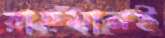
রাহমানই